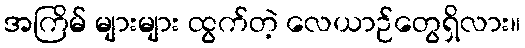
အကြိမ် များများ ထွက်တဲ့ လေယာဉ်တွေရှိလား။